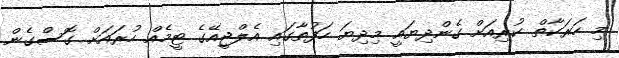
މި ހަރަކާތް ކުރިއަށް ގެންދިޔައީ މިދިޔަ ހަފުތާގައި އެލްޖީއޭގެ ޓީމެއް ހުރައަށް ގޮސްގެން